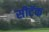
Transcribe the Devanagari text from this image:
सीटॅक